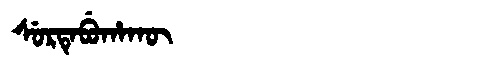
Manchu: ᠰᡠᡵᡨᡝᠪᡠᡥᠠᡴᡡ
Romanization: SURTEBUHAKŪ